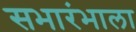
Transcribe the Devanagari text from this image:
सभारंभाला